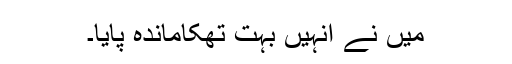
میں نے انہیں بہت تھکاماندہ پایا۔